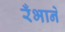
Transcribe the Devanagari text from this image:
रँभाने